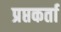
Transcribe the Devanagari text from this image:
प्रप्तकर्ता